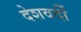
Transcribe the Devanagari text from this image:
देशवर्दी